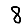
Digit: 8